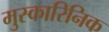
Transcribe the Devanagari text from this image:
मुस्कारिनिक